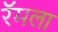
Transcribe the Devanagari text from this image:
रॅमला